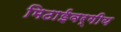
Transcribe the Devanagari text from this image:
मिठाईवर्गीय